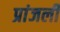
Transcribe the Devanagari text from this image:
प्रांजली